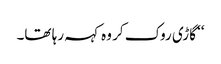
‘‘ گاڑی روک کر وہ کہہ رہا تھا۔